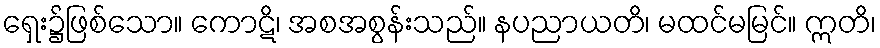
ရှေး၌ဖြစ်သော။ ကောဋိ၊ အစအစွန်းသည်။ နပညာယတိ၊ မထင်မမြင်။ ဣတိ၊